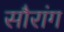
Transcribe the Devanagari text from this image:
सौरांग